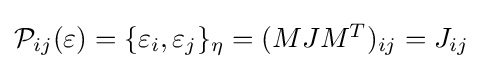
{\textstyle {\mathcal {P}}_{ij}(\varepsilon )=\{\varepsilon _{i},\varepsilon _{j}\}_{\eta }=(MJM^{T})_{ij}=J_{ij}}